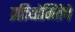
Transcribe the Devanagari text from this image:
प्रतियोगितेचे